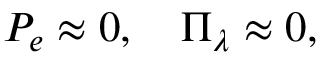
P _ { e } \approx 0 , \quad \Pi _ { \lambda } \approx 0 ,